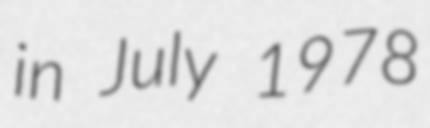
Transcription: in July 1978